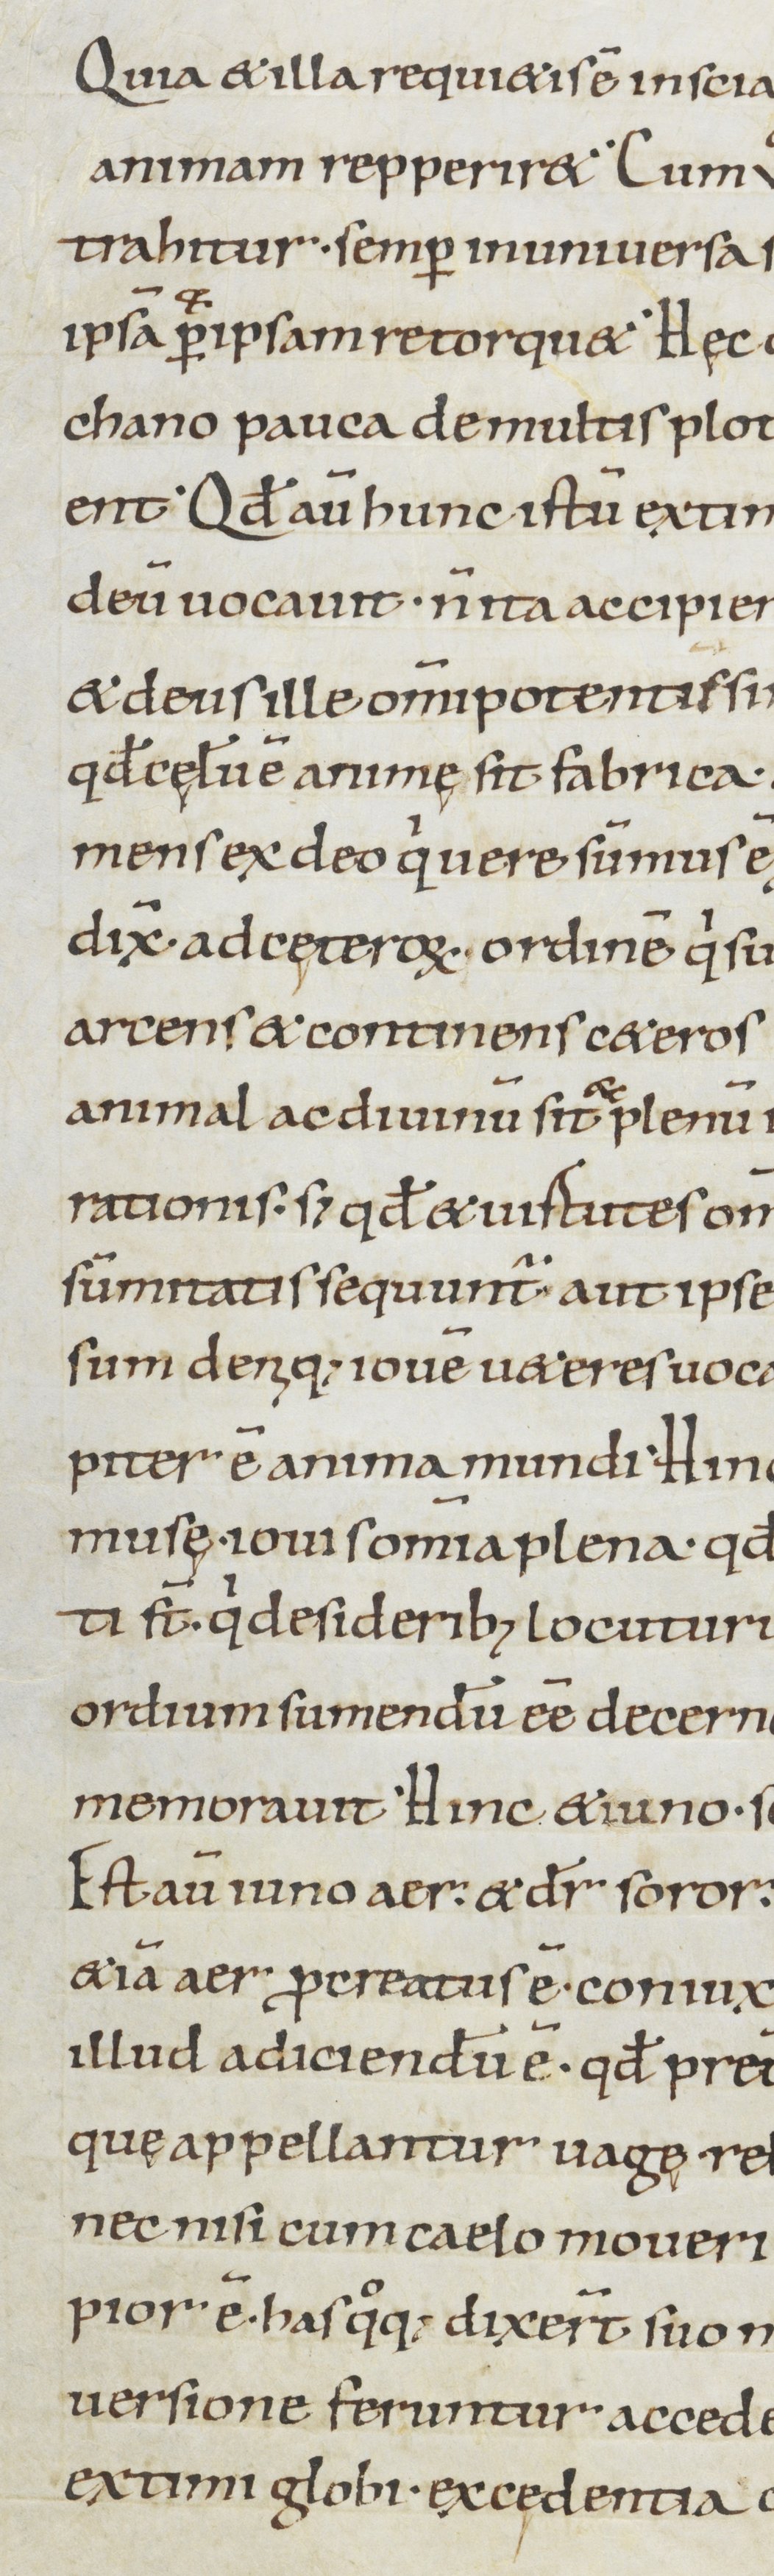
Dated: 900–1199